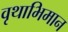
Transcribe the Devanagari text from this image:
वृथाभिमान